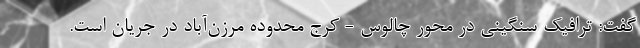
گفت: ترافیک سنگینی در محور چالوس - کرج محدوده مرزن‌آباد در جریان است.